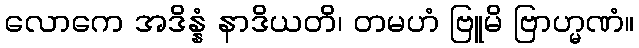
လောကေ အဒိန္နံ နာဒိယတိ၊ တမဟံ ဗြူမိ ဗြာဟ္မဏံ။